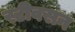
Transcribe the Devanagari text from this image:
स्टीवसन